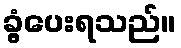
ခွံ့ပေးရသည်။